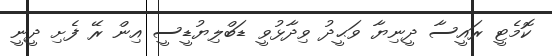
ކޮމެޓީ ރައީސާ ދީނިޔާ ވަޙީދު ވިދާޅުވީ ޑަބްލިޔުޑީސީ އިން ރޭ ފެށި ދީނީ